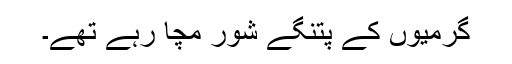
گرمیوں کے پتنگے شور مچا رہے تھے۔